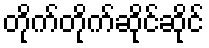
တိုက်တိုက်ဆိုင်ဆိုင်